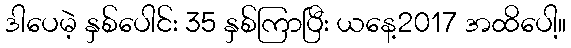
ဒါပေမဲ့ နှစ်ပေါင်း 35 နှစ်ကြာပြီး ယနေ့2017 အထိပေါ့။